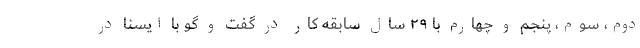
دوم، سوم، پنجم و چهارم با ۲۹ سال سابقه کار در گفت و گو با ایسنا در